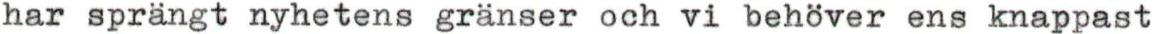
har sprängt nyhetens gränser och vi behöver ens knappast